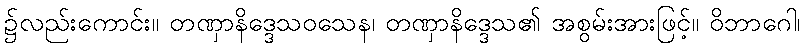
၌လည်းကောင်း။ တဏှာနိဒ္ဒေသဝသေန၊ တဏှာနိဒ္ဒေသ၏ အစွမ်းအားဖြင့်။ ဝိဘာဂေါ၊